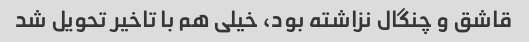
قاشق و چنگال نزاشته بود، خیلی هم با تاخیر تحویل شد